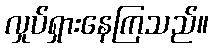
လှုပ်ရှားနေကြသည်။